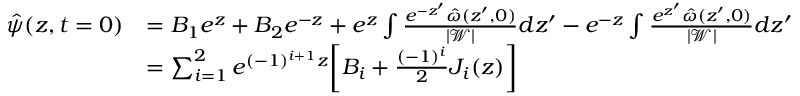
\begin{array} { r l } { \hat { \psi } ( z , t = 0 ) } & { = B _ { 1 } e ^ { z } + B _ { 2 } e ^ { - z } + e ^ { z } \int \frac { e ^ { - z ^ { \prime } } \hat { \omega } ( z ^ { \prime } , 0 ) } { | \mathscr { W } | } d z ^ { \prime } - e ^ { - z } \int \frac { e ^ { z ^ { \prime } } \hat { \omega } ( z ^ { \prime } , 0 ) } { | \mathscr { W } | } d z ^ { \prime } } \\ & { = \sum _ { i = 1 } ^ { 2 } e ^ { ( - 1 ) ^ { i + 1 } z } \bigg [ B _ { i } + \frac { ( - 1 ) ^ { i } } { 2 } J _ { i } ( z ) \bigg ] } \end{array}